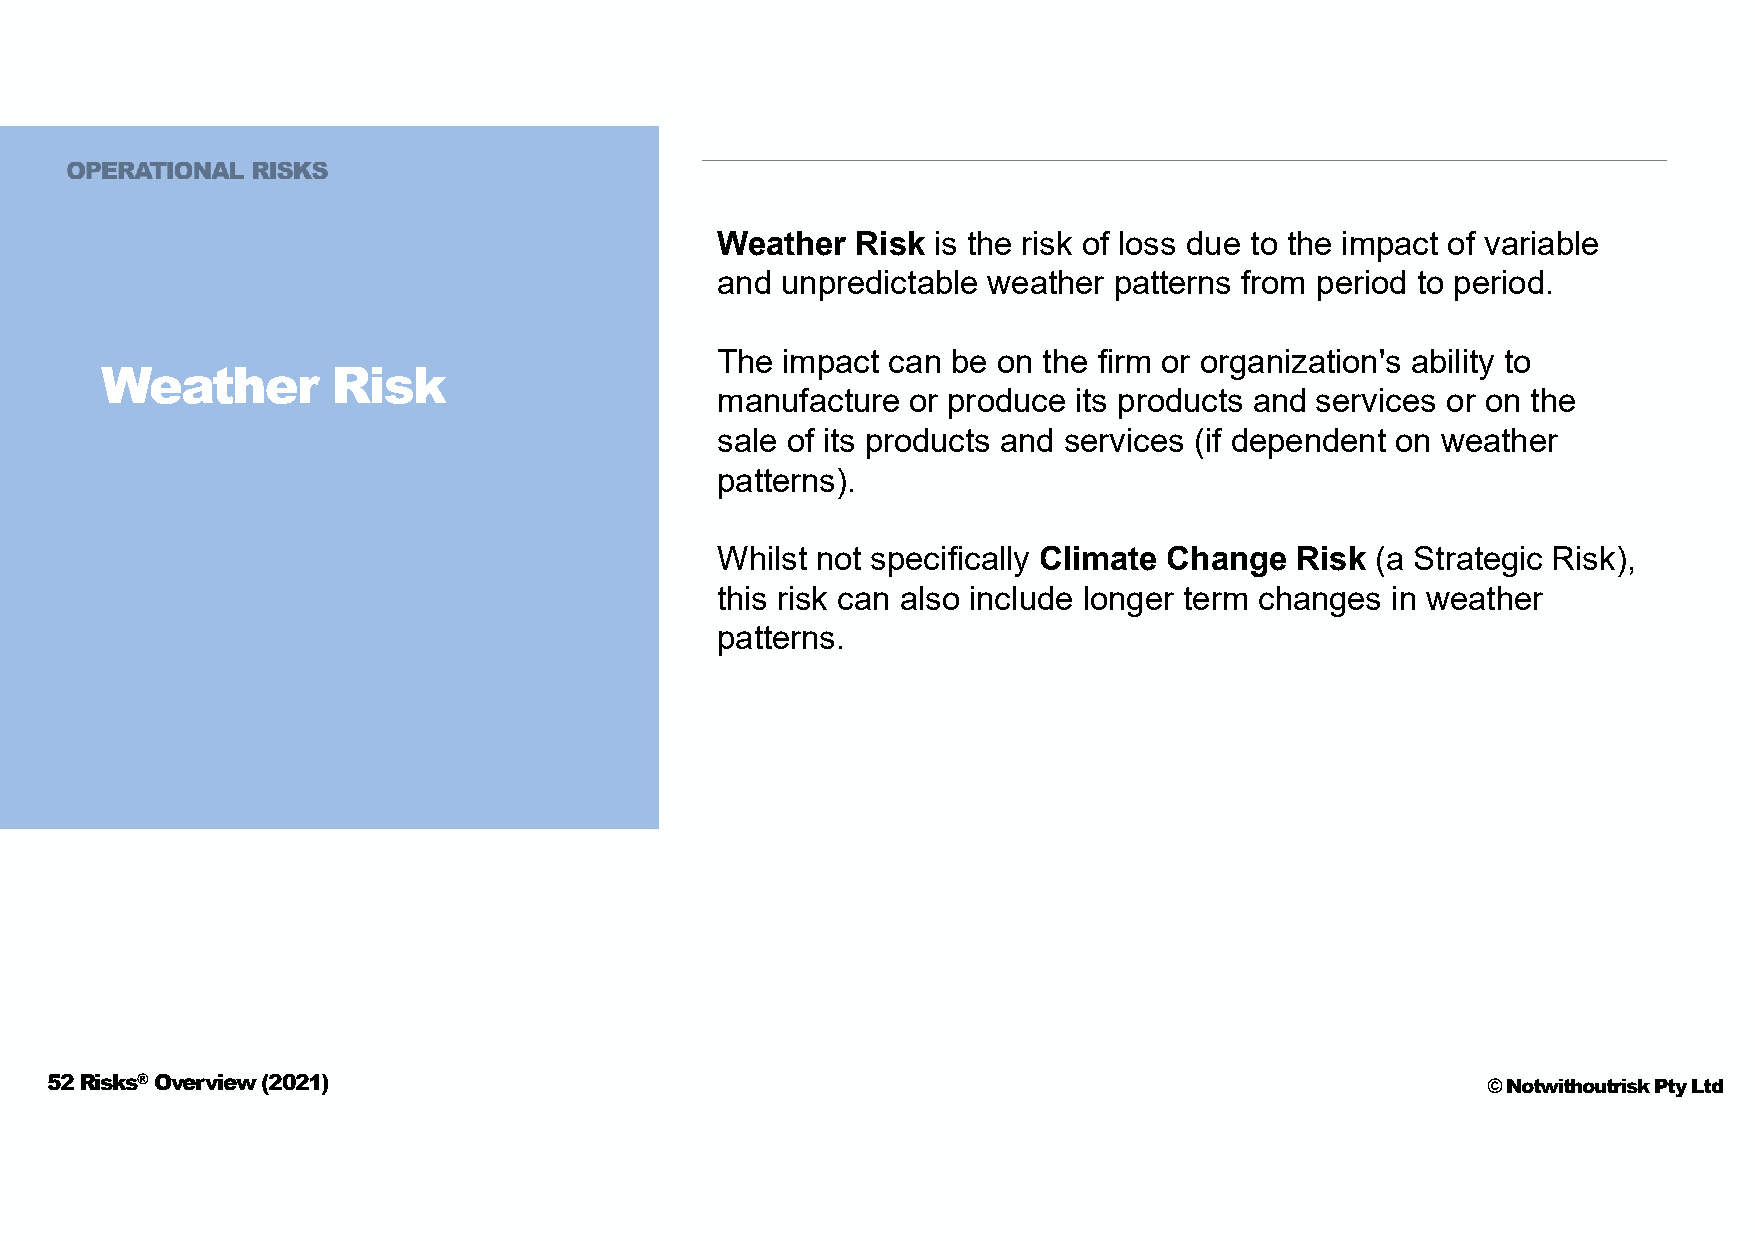
Weather   Risk is the risk of loss due to the impact of variable
 and  unpredictable weather patterns from period to period.
 The  impact can be on the firm or organization's ability to
 Weather        Risk
 manufacture  or produce its products and services or on the
 sale of its products and services (if dependent on weather
 patterns).
 Whilst not specifically Climate Change Risk (a Strategic Risk),
 this risk can also include longer term changes in weather
 patterns.
 52 Risks®Overview (2021)                                                                       © Notwithoutrisk Pty Ltd